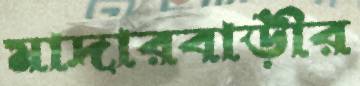
মাদারবাড়ীর